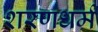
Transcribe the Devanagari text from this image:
शरणधर्म